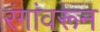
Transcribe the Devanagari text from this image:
रंगांवरून